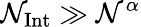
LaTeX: \mathcal{N}_{\mathrm{{Int}}}\gg\mathcal{N}^{\alpha}